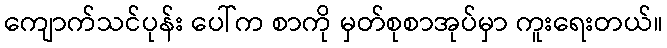
ကျောက်သင်ပုန်း ပေါ်က စာကို မှတ်စုစာအုပ်မှာ ကူးရေးတယ်။